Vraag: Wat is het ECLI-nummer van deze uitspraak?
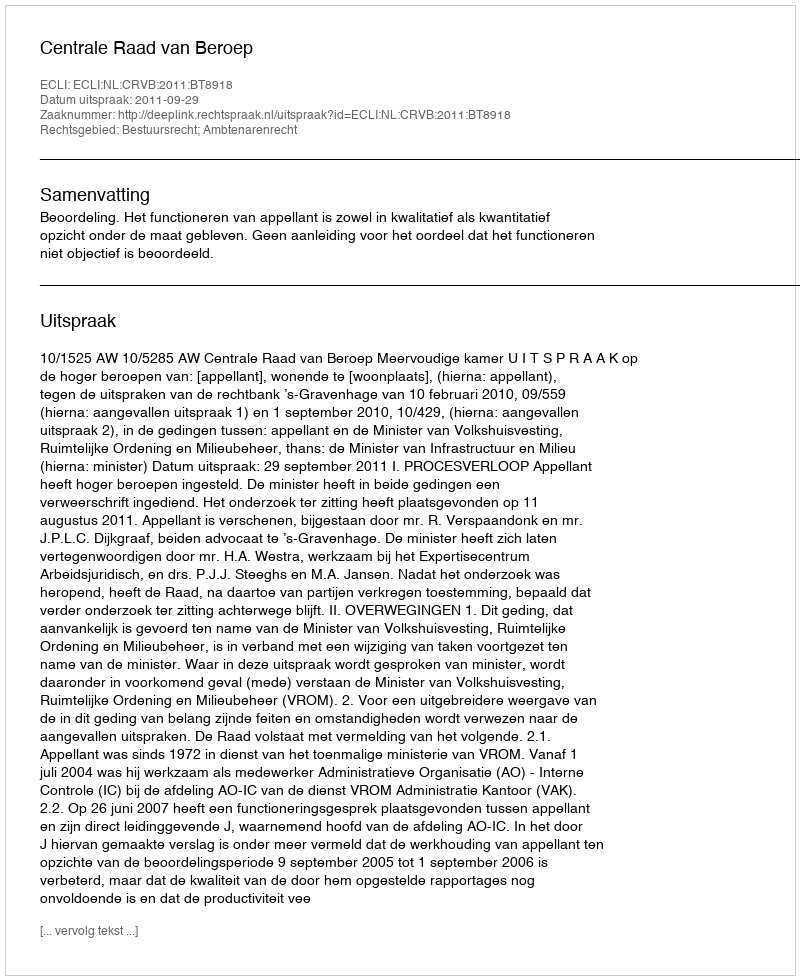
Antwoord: ECLI:NL:CRVB:2011:BT8918